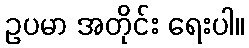
ဥပမာ အတိုင်း ရေးပါ။